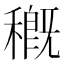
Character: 穊